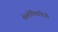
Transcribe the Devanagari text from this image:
फॅलोपिवाहिनी